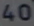
40